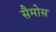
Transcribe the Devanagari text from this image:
सैमोस